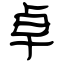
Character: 卓